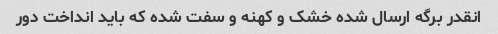
انقدر برگه ارسال شده خشک و کهنه و سفت شده که باید انداخت دور